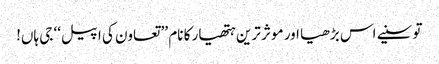
تو سنیے اس بڑھیا اور موثر ترین ہتھیار کا نام ’’ تعاون کی اپیل‘‘ جی ہاں!